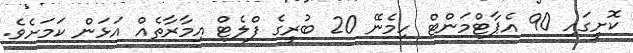
ކޮށީގައި 90 އެޕާޓްމަންޓް ހިމެނޭ 20 ބުރީގެ ފްލެޓް އިމާރާތެއް އަޅަން ކަމަށެވެ.